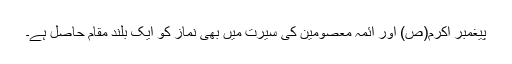
پیغمبر اکرم(ص) اور ائمہ معصومین کی سیرت میں بھی نماز کو ایک بلند مقام حاصل ہے۔